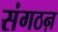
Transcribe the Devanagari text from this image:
संगठऩ